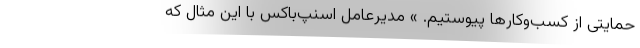
حمایتی از کسب‌و‌کارها پیوستیم. » مدیرعامل اسنپ‌باکس با این مثال که